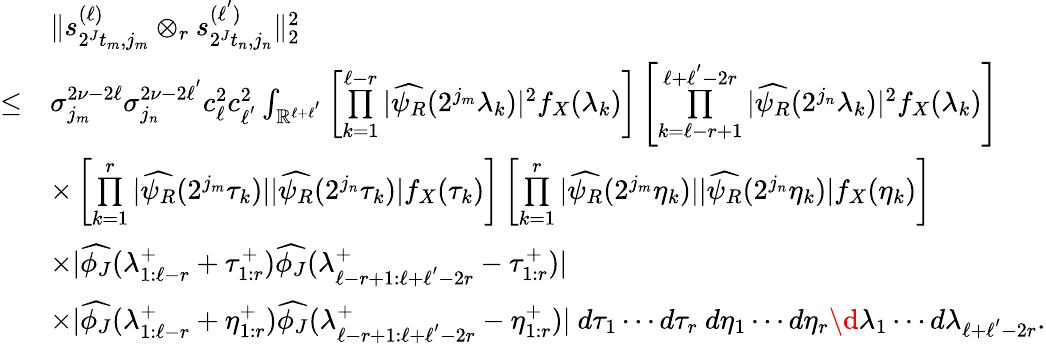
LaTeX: \begin{array}{rl}&{\| s_{2^{J}t_{m},j_{m}}^{(\ell)}\otimes_{r}s_{2^{J}t_{n},j_{n}}^{(\ell^{'})}\| _{2}^{2}}\\ {\leq}&{\sigma_{j_{m}}^{2\nu-2\ell}\sigma_{j_{n}}^{2\nu-2\ell^{'}}c_{\ell}^{2}c_{\ell^{'}}^{2}\int_{\mathbb{R}^{\ell+\ell^{'}}}\left[\overset{\ell-r}{\underset{k=1}{\prod}}|\widehat{\psi_{R}}(2^{j_{m}}\lambda_{k})|^{2}f_{X}(\lambda_{k})\right]\left[\overset{\ell+\ell^{'}-2r}{\underset{k=\ell-r+1}{\prod}}|\widehat{\psi_{R}}(2^{j_{n}}\lambda_{k})|^{2}f_{X}(\lambda_{k})\right]}\\ &{\times\left[\overset{r}{\underset{k=1}{\prod}}|\widehat{\psi_{R}}(2^{j_{m}}\tau_{k})||\widehat{\psi_{R}}(2^{j_{n}}\tau_{k})|f_{X}(\tau_{k})\right]\left[\overset{r}{\underset{k=1}{\prod}}|\widehat{\psi_{R}}(2^{j_{m}}\eta_{k})||\widehat{\psi_{R}}(2^{j_{n}}\eta_{k})|f_{X}(\eta_{k})\right]}\\ &{\times|\widehat{\phi_{J}}(\lambda_{1:\ell-r}^{+}+\tau_{1:r}^{+})\widehat{\phi_{J}}(\lambda_{\ell-r+1:\ell+\ell^{'}-2r}^{+}-\tau_{1:r}^{+})|}\\ &{\times|\widehat{\phi_{J}}(\lambda_{1:\ell-r}^{+}+\eta_{1:r}^{+})\widehat{\phi_{J}}(\lambda_{\ell-r+1:\ell+\ell^{'}-2r}^{+}-\eta_{1:r}^{+})|\ d\tau_{1}\cdots d\tau_{r}\ d\eta_{1}\cdots d\eta_{r}\d\lambda_{1}\cdots d\lambda_{\ell+\ell^{'}-2r}.}\end{array}